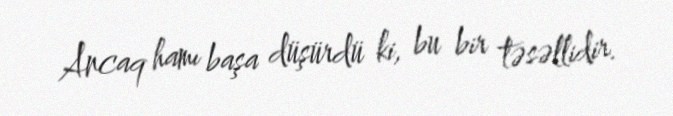
Ancaq hamı başa düşürdü ki, bu bir təsəllidir.